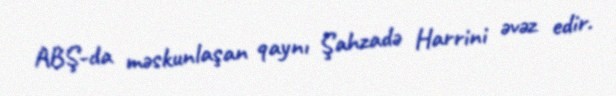
ABŞ-da məskunlaşan qaynı Şahzadə Harrini əvəz edir.